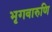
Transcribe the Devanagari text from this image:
भृगवारुणि